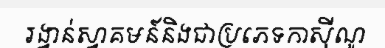
រង្វាន់ស្វាគមន៍និងជាប្រភេទកាស៊ីណូ